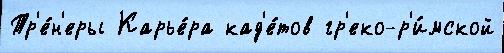
Тр'е́н'еры Карье́ра кад'е́тов гр'еко-р'и́мской